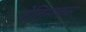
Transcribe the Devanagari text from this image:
टेलिमाकस